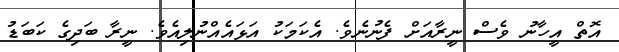
އޮތް އީހާނު ވެސް ނީރާއަށް ފެނުނެވެ. އެކަމަކު އަޅައެއްނުލިއެވެ. ނީރާ ބަދިގެ ކަބަޑު